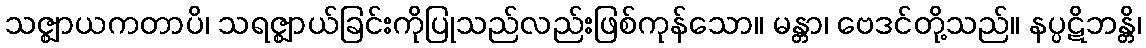
သဇ္ဈာယကတာပိ၊ သရဇ္ဈာယ်ခြင်းကိုပြုသည်လည်းဖြစ်ကုန်သော။ မန္တာ၊ ဗေဒင်တို့သည်။ နပ္ပဋိဘန္တိ၊